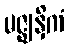
မဇ္ဈနှိကံ